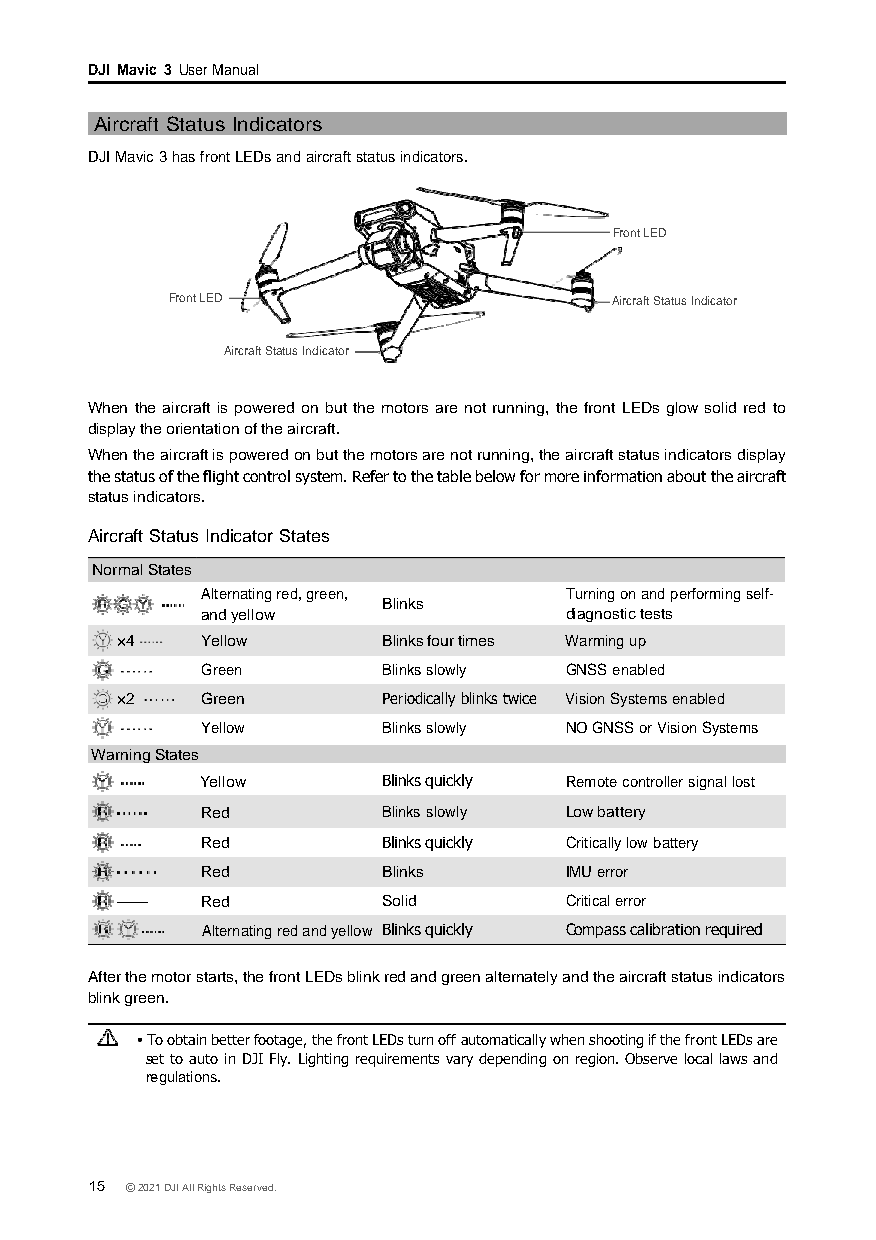
DJI Mavic 3 User Manual
 Aircraft Status Indicators
 DJI Mavic 3 has front LEDs and aircraft status indicators.
 Front LED
 Front LED                     Aircraft Status Indicator
 Aircraft Status Indicator
 When the aircraft is powered on but the motors are not running, the front LEDs glow solid red to
 display the orientation of the aircraft.
 When the aircraft is powered on but the motors are not running, the aircraft status indicators display
 the status of the flight control system. Refer to the table below for more information about the aircraft
 status indicators.
 Aircraft Status Indicator States
 Normal States
 Alternating red, green, Turning on and performing self-
 Blinks
 and yellow              diagnostic tests
 ×4   Yellow      Blinks four times Warming up
 Green       Blinks slowly GNSS enabled
 ×2   Green       Periodically blinks twice Vision Systems enabled
 Yellow      Blinks slowly NO GNSS or Vision Systems
 Warning States
 Yellow      Blinks quickly Remote controller signal lost
 Red         Blinks slowly Low battery
 Red         Blinks quickly Critically low battery
 Red         Blinks      IMU error
 ——   Red         Solid       Critical error
 Alternating red and yellow Blinks quickly Compass calibration required
 After the motor starts, the front LEDs blink red and green alternately and the aircraft status indicators
 blink green.
 To obtain better footage, the front LEDs turn off automatically when shooting if the front LEDs are
 set to auto in DJI Fly. Lighting requirements vary depending on region. Observe local laws and
 regulations.
 15 © 2021 DJI All Rights Reserved.